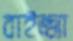
বাইজ্জা